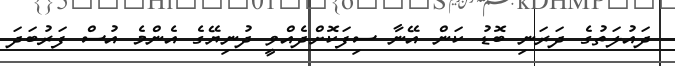
ދައުލަތުގެ ދަރަނި ބޮޑު ކަން އޭނާ ސިފަކޮށްދެއްވީ ދުނިޔޭގެ އެންމެ އުސް ފަރުބަދަ